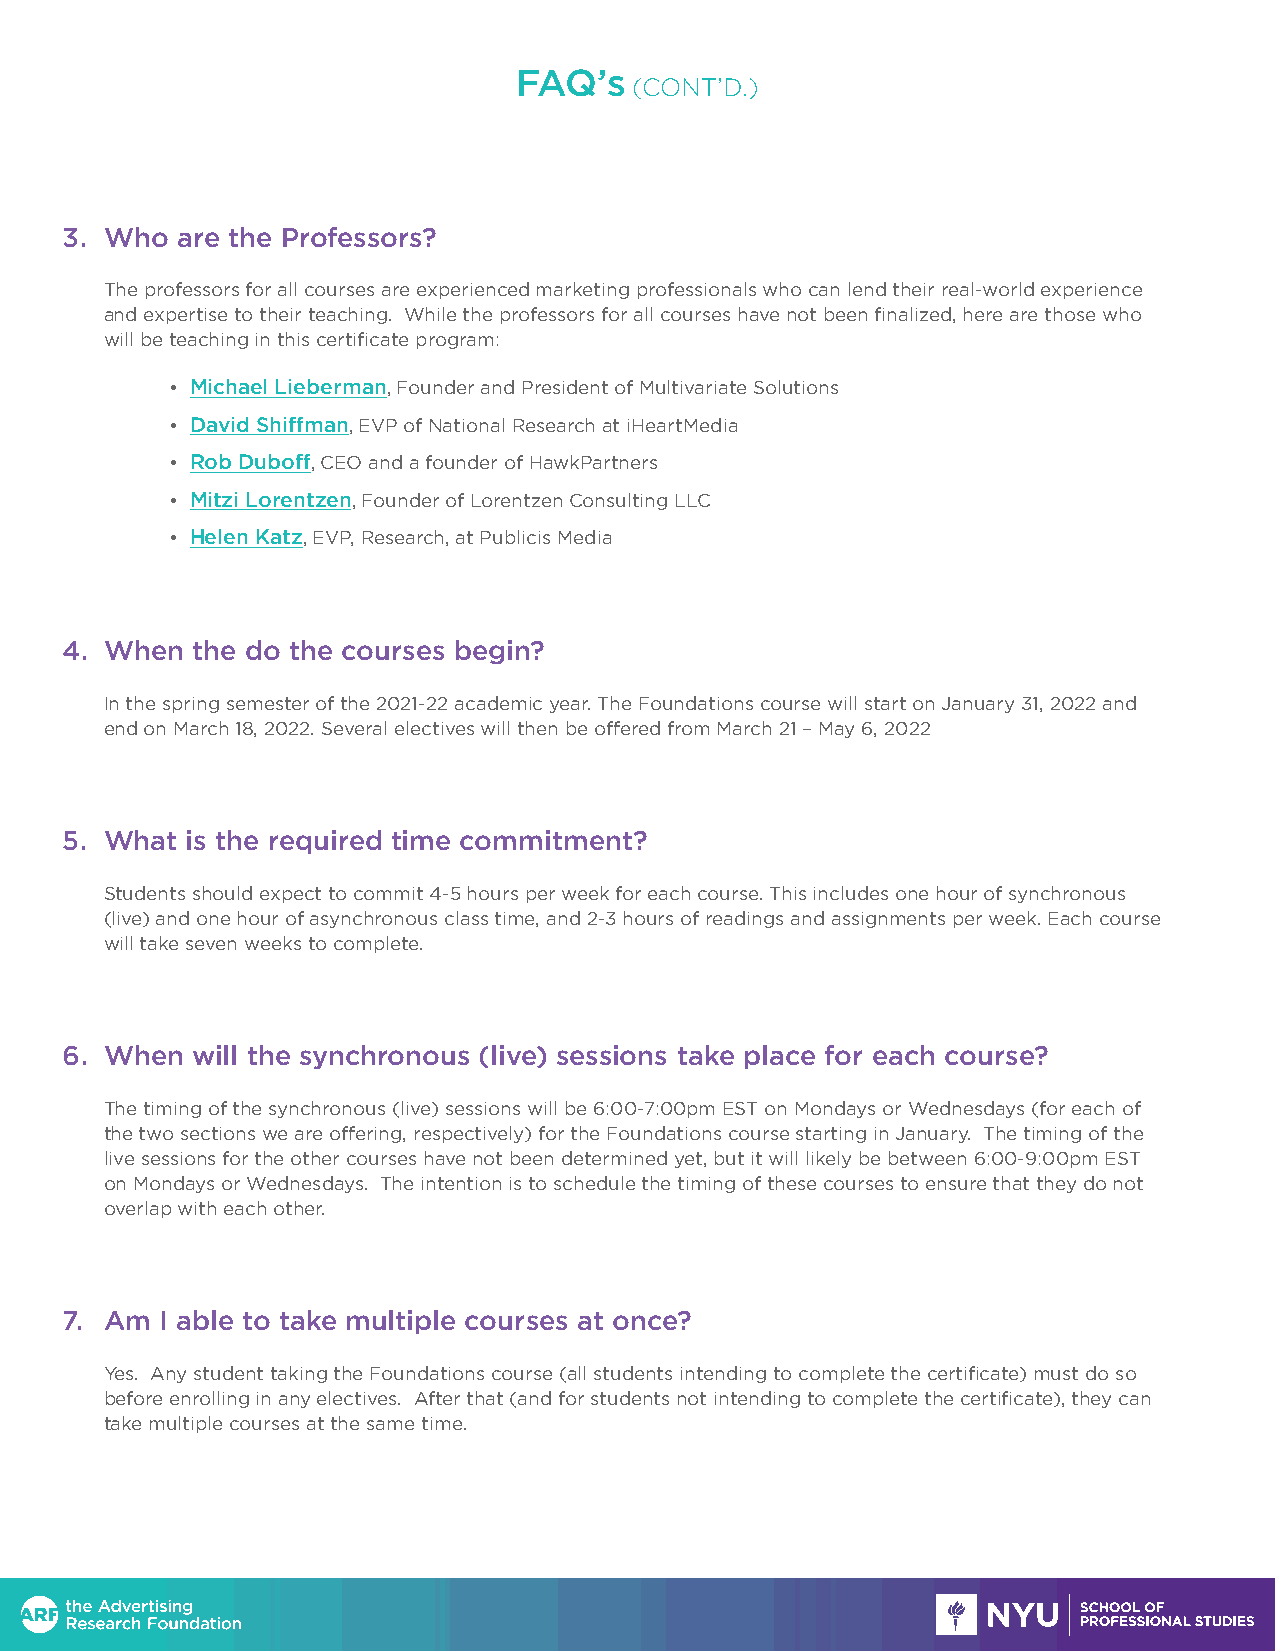
FAQ’s
 (CONT’D.)
 3. Who  are the Professors?
 The professors for all courses are experienced marketing professionals who can lend their real-world experience
 and expertise to their teaching. While the professors for all courses have not been finalized, here are those who
 will be teaching in this certificate program:
 • Michael Lieberman, Founder and President of Multivariate Solutions
 • David Shiffman, EVP of National Research at iHeartMedia
 • Rob Duboff, CEO and a founder of HawkPartners
 • Mitzi Lorentzen, Founder of Lorentzen Consulting LLC
 • Helen Katz, EVP, Research, at Publicis Media
 4. When  the do the courses begin?
 In the spring semester of the 2021-22 academic year. The Foundations course will start on January 31, 2022 and
 end on March 18, 2022. Several electives will then be offered from March 21 – May 6, 2022
 5. What is the required time commitment?
 Students should expect to commit 4-5 hours per week for each course. This includes one hour of synchronous
 (live) and one hour of asynchronous class time, and 2-3 hours of readings and assignments per week. Each course
 will take seven weeks to complete.
 6. When  will the synchronous (live) sessions take place for each course?
 The timing of the synchronous (live) sessions will be 6:00-7:00pm EST on Mondays or Wednesdays (for each of
 the two sections we are offering, respectively) for the Foundations course starting in January. The timing of the
 live sessions for the other courses have not been determined yet, but it will likely be between 6:00-9:00pm EST
 on Mondays or Wednesdays. The intention is to schedule the timing of these courses to ensure that they do not
 overlap with each other.
 7. Am  I able to take multiple courses at once?
 Yes. Any student taking the Foundations course (all students intending to complete the certificate) must do so
 before enrolling in any electives. After that (and for students not intending to complete the certificate), they can
 take multiple courses at the same time.